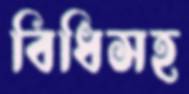
বিধিসহ